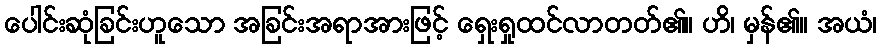
ပေါင်းဆုံခြင်းဟူသော အခြင်းအရာအားဖြင့် ရှေးရှုထင်လာတတ်၏။ ဟိ၊ မှန်၏။ အယံ၊